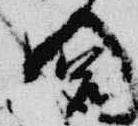
閤